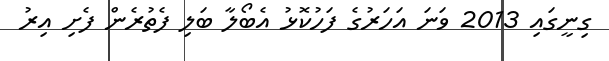
ގިނީގައި 2013 ވަނަ އަހަރުގެ ފަހުކޮޅު އެބޯލާ ބަލި ފެތުރެން ފެށި އިރު